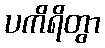
ပကိရိတွာ